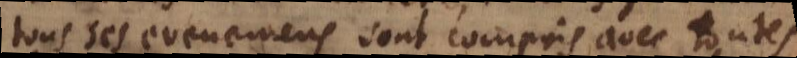
tous ses evenemens sont compris avec toutes